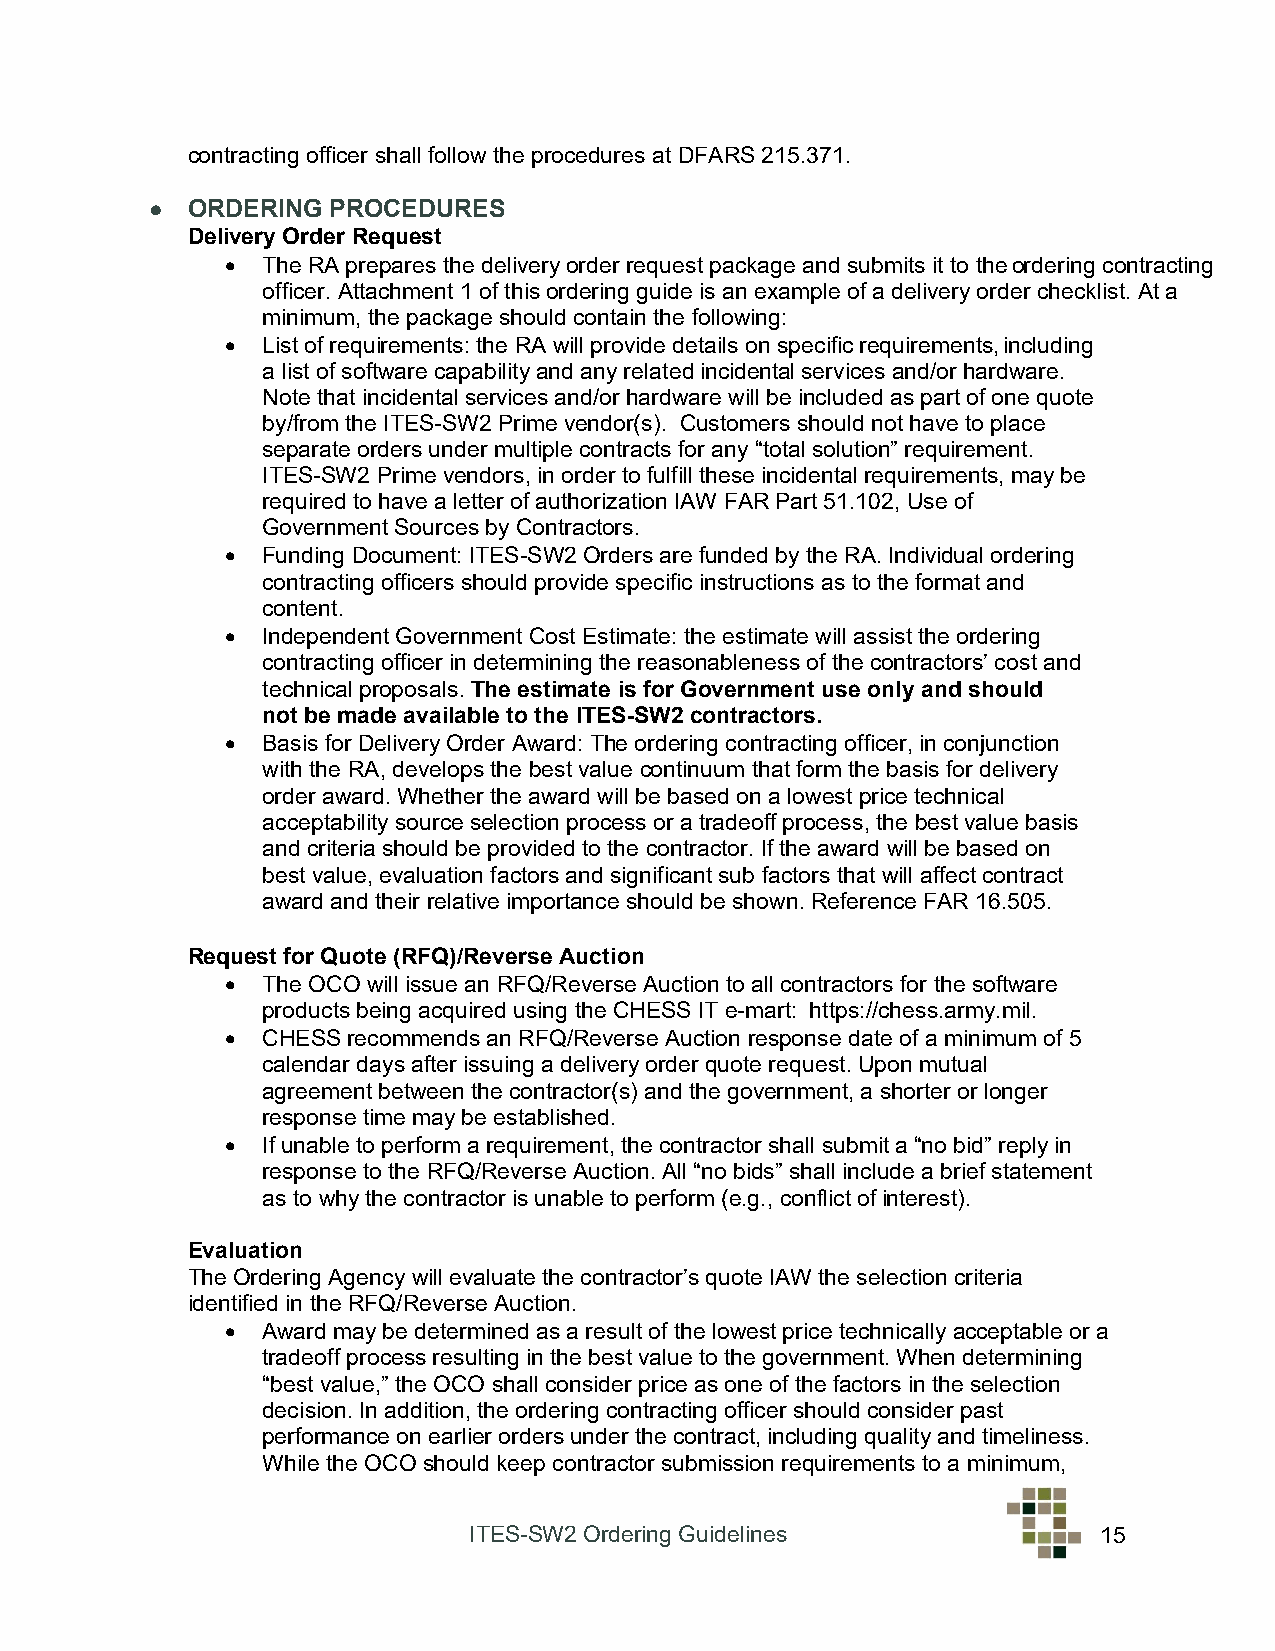
contracting officer shall follow the procedures at DFARS 215.371.
 • ORDERING  PROCEDURES
 Delivery Order Request
 • The RA prepares the delivery order request package and submits it to the ordering contracting
 officer. Attachment 1 of this ordering guide is an example of a delivery order checklist. At a
 minimum, the package should contain the following:
 • List of requirements: the RA will provide details on specific requirements, including
 a list of software capability and any related incidental services and/or hardware.
 Note that incidental services and/or hardware will be included as part of one quote
 by/from the ITES-SW2 Prime vendor(s). Customers should not have to place
 separate orders under multiple contracts for any “total solution” requirement.
 ITES-SW2 Prime vendors, in order to fulfill these incidental requirements, may be
 required to have a letter of authorization IAW FAR Part 51.102, Use of
 Government Sources by Contractors.
 • Funding Document: ITES-SW2 Orders are funded by the RA. Individual ordering
 contracting officers should provide specific instructions as to the format and
 content.
 • Independent Government Cost Estimate: the estimate will assist the ordering
 contracting officer in determining the reasonableness of the contractors’ cost and
 technical proposals. The estimate is for Government use only and should
 not be made available to the ITES-SW2 contractors.
 • Basis for Delivery Order Award: The ordering contracting officer, in conjunction
 with the RA, develops the best value continuum that form the basis for delivery
 order award. Whether the award will be based on a lowest price technical
 acceptability source selection process or a tradeoff process, the best value basis
 and criteria should be provided to the contractor. If the award will be based on
 best value, evaluation factors and significant sub factors that will affect contract
 award and their relative importance should be shown. Reference FAR 16.505.
 Request for Quote (RFQ)/Reverse Auction
 • The OCO will issue an RFQ/Reverse Auction to all contractors for the software
 products being acquired using the CHESS IT e-mart: https://chess.army.mil.
 • CHESS recommends an RFQ/Reverse Auction response date of a minimum of 5
 calendar days after issuing a delivery order quote request. Upon mutual
 agreement between the contractor(s) and the government, a shorter or longer
 response time may be established.
 • If unable to perform a requirement, the contractor shall submit a “no bid” reply in
 response to the RFQ/Reverse Auction. All “no bids” shall include a brief statement
 as to why the contractor is unable to perform (e.g., conflict of interest).
 Evaluation
 The Ordering Agency will evaluate the contractor’s quote IAW the selection criteria
 identified in the RFQ/Reverse Auction.
 • Award may be determined as a result of the lowest price technically acceptable or a
 tradeoff process resulting in the best value to the government. When determining
 “best value,” the OCO shall consider price as one of the factors in the selection
 decision. In addition, the ordering contracting officer should consider past
 performance on earlier orders under the contract, including quality and timeliness.
 While the OCO should keep contractor submission requirements to a minimum,
 ITES-SW2 Ordering Guidelines              15